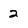
Character: 2